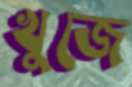
খুজে